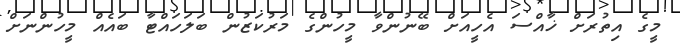
މީގެ އިތުރަށް ޚާއްސަ އެހީއަށް ބޭނުންވާ މީހުންގެ މަރުކަޒުން ބަލަހައްޓާ ބައެއް މީހުންނަށް